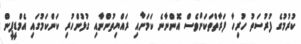
ކުރުމުގެ ފުރުސަތު ހުރިހާ ފަރާތްތަކަށްވެސް އޮންނާނެ ކަމަށާއި ރައްޔިތުންނާއި ގުޅުންހުރި ކަންކަމުގައި އެމްޑީޕީން